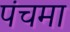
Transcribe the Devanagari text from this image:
पंचमा